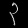
Digit: ၃